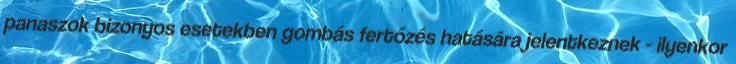
panaszok bizonyos esetekben gombás fertőzés hatására jelentkeznek - ilyenkor